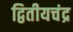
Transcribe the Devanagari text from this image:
द्वितीयचंद्र